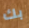
بك